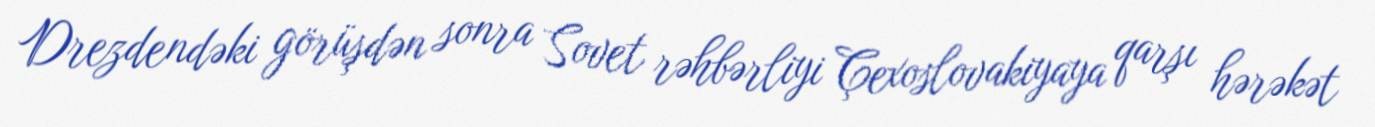
Drezdendəki görüşdən sonra Sovet rəhbərliyi Çexoslovakiyaya qarşı hərəkət